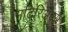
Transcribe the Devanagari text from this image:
मटिरिअल्स